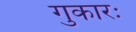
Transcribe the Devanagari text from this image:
गुकारः